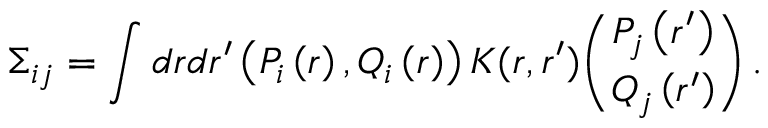
\Sigma _ { i j } = \int d r d r ^ { \prime } \left( P _ { i } \left( r \right) , Q _ { i } \left( r \right) \right) K ( r , r ^ { \prime } ) \binom { P _ { j } \left( r ^ { \prime } \right) } { Q _ { j } \left( r ^ { \prime } \right) } \, .